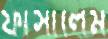
ফাঁসালেম